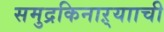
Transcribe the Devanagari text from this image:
समुद्रकिनाऱ्यााची